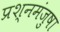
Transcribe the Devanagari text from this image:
प्रश्नमंजुषा